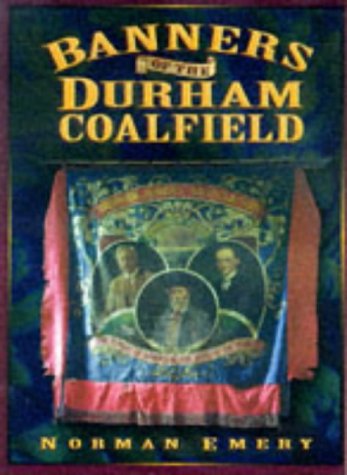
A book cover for Banners of the Durham Coalfield; Norman Emery; Business & Money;